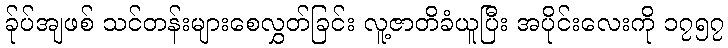
ခ်ုပ်အျဖစ် သင်တန်းများစေလွှတ်ခြင်း လူ့ဇာတိခံယူပြီး အပိုင်းလေးကို ၁၇၅၇